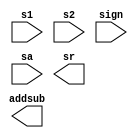
module control(s1, s2, sign, sa, addsub, sr);
input s1, s2, sign, sa;
output addsub, sr;

endmodule